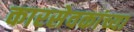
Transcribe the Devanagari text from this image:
कारसेवकांच्या